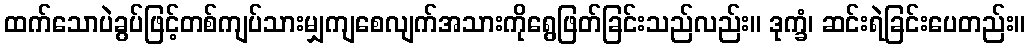
ထက်သောပဲခွပ်ဖြင့်တစ်ကျပ်သားမျှကျစေလျက်အသားကိုရွေဖြတ်ခြင်းသည်လည်း။ ဒုက္ခံ၊ ဆင်းရဲခြင်းပေတည်း။